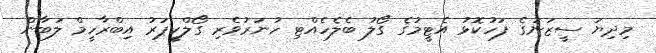
މިދިޔަ ސީޒަނުގެ ފަހުކޮޅު އެޓީމުގެ ގޯލު ބެލެހެއްޓި ހުނަރުވެރި ގޯލްކީޕަރު އިބްރާހީމް ލަބާން